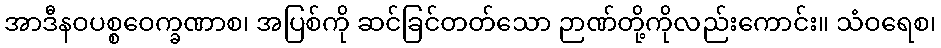
အာဒီနဝပစ္စဝေက္ခဏာစ၊ အပြစ်ကို ဆင်ခြင်တတ်သော ဉာဏ်တို့ကိုလည်းကောင်း။ သံဝရေစ၊